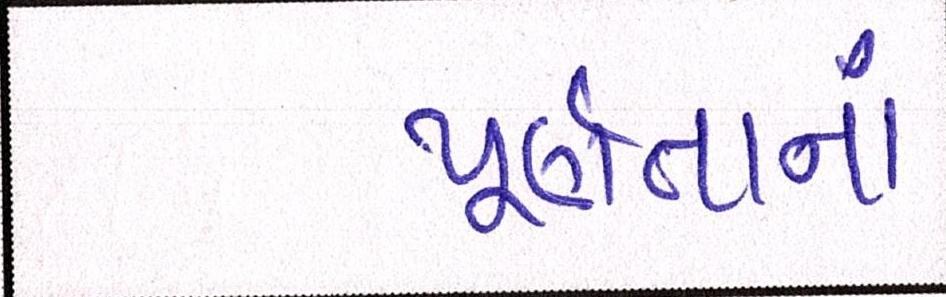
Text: પૂર્ણતાનાં